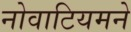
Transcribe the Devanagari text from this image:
नोवाटियमने